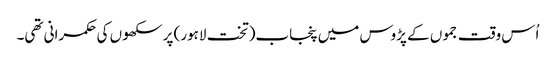
اُس وقت جموں کے پڑوس میں پنجاب(تخت لاہور) پر سکھوں کی حکمرانی تھی۔